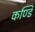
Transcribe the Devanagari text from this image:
कण्डि